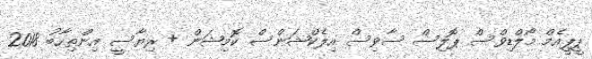
ޕީޕީއެމް މޯލްޑިވްސް ޕޮލިސް ސާވިސް އިލެކްޝަންސް ކޮމިޝަން + ރިޔާސީ އިންތިހާބު 2018